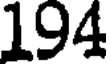
194